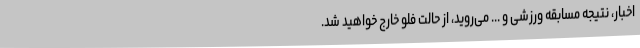
اخبار، نتیجه مسابقه ورزشی و ... می‌روید، از حالت فلو خارج خواهید شد.